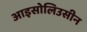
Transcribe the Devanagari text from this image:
आइसोलिउसीन